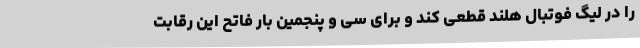
را در لیگ فوتبال هلند قطعی کند و برای سی و پنجمین بار فاتح این رقابت